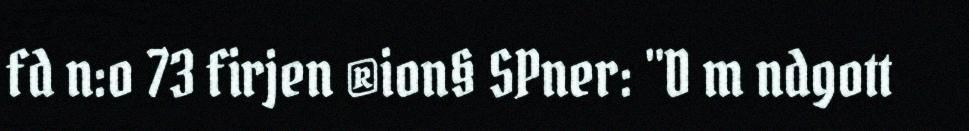
fd n:o 73 firjen ®ion§ SPner: "D m ndgott